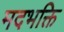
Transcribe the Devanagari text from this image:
मदभक्ति